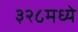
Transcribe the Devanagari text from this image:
३२८मध्ये